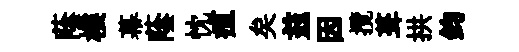
蔭樓幕蔭忱疽矣兹因攬葺拱鈞